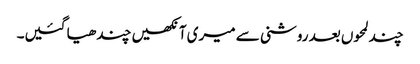
چند لمحوں بعد روشنی سے میری آنکھیں چندھیا گئیں۔